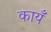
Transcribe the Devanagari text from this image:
कायँ